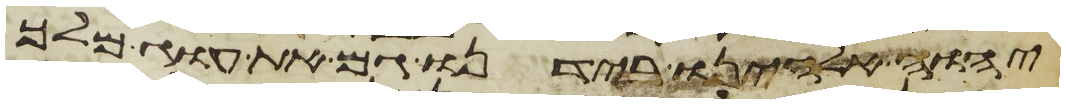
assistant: יהוה אלהינו בידנו גם את עוג מלך